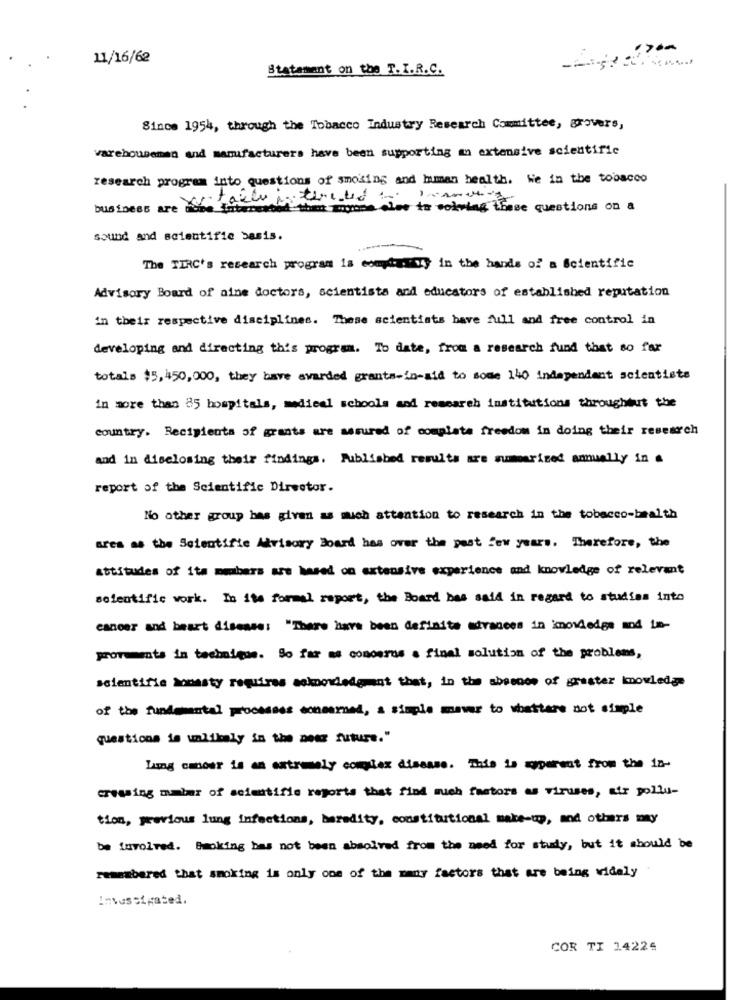
11/16/62
Statamant on the T. I.R.C.
Since 1954, through the Tobacco Industry Research Committee, grovers,
varebouseman and manufacturers have been supporting an extensive scientific
research program into questions of smoking and human health. We in the tobacco
business are move jubecreated the anyone else to voiving these questions on a
sound and scientific basis.
The TIRC's research program is compil in the hands of a Scientific
Advisory Board of aine doctors, scientists and educators of established reputation
in their respective disciplines. These scientists have full and free control in
developing and directing this program. To date, from a research fund that so far
totals $5,450,000, they have awarded grants-in-aid to some 140 independant scientists
in more than 85 hospitals, medical schools and research institutions throughout the
country. Recipients of grants are assured of complete freedom in doing their research
and in disclosing their findings. Published results are summarized annually in .
report of the Scientific Dirsetor.
No other group has given as much attention to research in the tobacco-bealth
area as the Scientific Advisory Board has over the past few years. Therefore, the
attitudes of ita mmbers are based on extensive experience and knowledge of relevant
scientific work. In ite formal report, the Board has said in regard to studies into
cancer and beart disease: "There have been definite advances in knowledge mod in-
provaments in technique. So far as concerns . final solution of the problems,
scientific Mounsty requires acknowledgment that, in the absence of graster mnowledge
of the fundemental processes concerned, a simple mawer to whattare not simple
questions is unlikely in the near future."
Lung canour is an extremely complex disease. This is myperent from the 18-
crossing malmr of scientific reports that find much factors as viruses, air pollu-
tion, previous lung infections, baredity, constitutional make-up, and others may
be involved. Backing has not been absolved from the need for study, but it should be
remembered that smoking is only one of the many factors that are being vidaly
investigated.
COR TI 14225